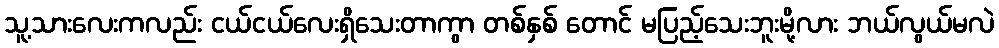
သူ့သားလေးကလည်း ငယ်ငယ်လေးရှိသေးတာကွာ တစ်နှစ် တောင် မပြည့်သေးဘူးမို့လား ဘယ်လွယ်မလဲ